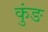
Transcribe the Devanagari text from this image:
कुंङ